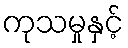
ကုသမှုနှင့်